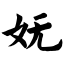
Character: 妩